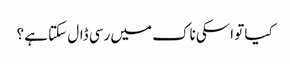
کیا تو اسکی ناک میں رسی ڈال سکتا ہے ؟